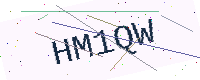
Text: HM1QW